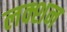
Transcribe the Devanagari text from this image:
लक्शन